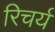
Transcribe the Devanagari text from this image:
रिचर्य